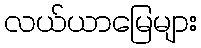
လယ်ယာမြေများ